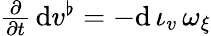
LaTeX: \begin{array}{r}{\frac\partial{\partial t}\, \mathrm{d}v^{\flat}=-\mathrm{d}\, \iota_{v}\, \omega_{\xi}}\end{array}